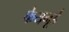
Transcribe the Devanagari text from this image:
फेयनूर्ड